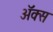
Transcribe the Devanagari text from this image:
अॅक्स